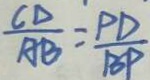
\frac { C D } { A B } = \frac { P D } { B P }